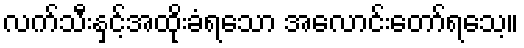
လက်သီးနှင့်အထိုးခံရသော အလောင်းတော်ရသေ့။